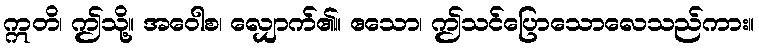
ဣတိ၊ ဤသို့။ အဝေါစ၊ လျှောက်၏။ ဧသော၊ ဤသင်ပြောသောလေသည်ကား။